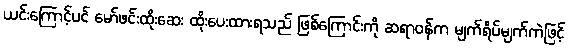
ယင်းကြောင့်ပင် မော်ဖင်းထိုးဆေး ထိုးပေးထားရသည် ဖြစ်ကြောင်းကို ဆရာဝန်က မျက်ရိပ်မျက်ကဲဖြင့်